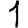
Digit: 1